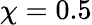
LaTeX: \chi=0.5